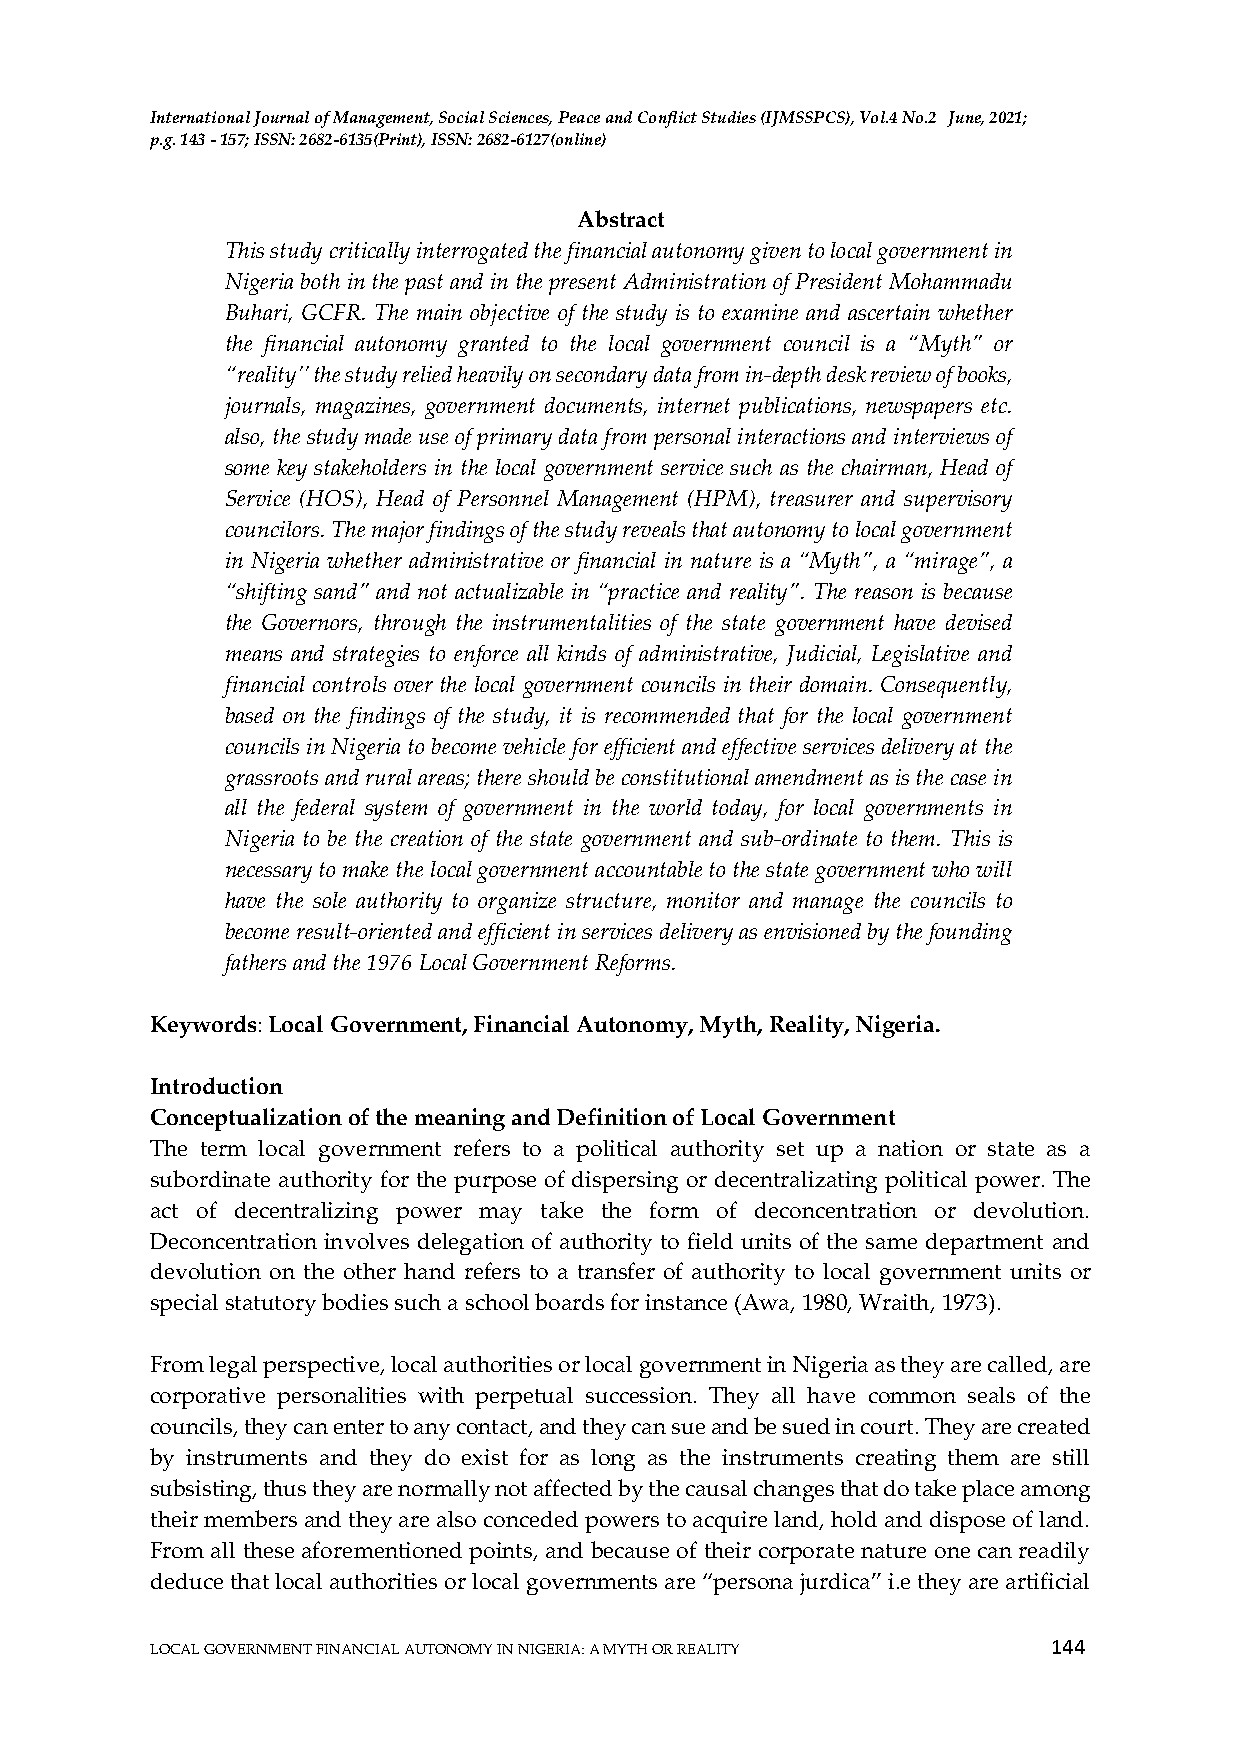
International Journal of Management, Social Sciences, Peace and Conflict Studies (IJMSSPCS), Vol.4 No.2 June, 2021;
 p.g. 143 - 157; ISSN: 2682-6135(Print), ISSN: 2682-6127(online)
 Abstract
 This study critically interrogated the financial autonomy given to local government in
 Nigeria both in the past and in the present Administration of President Mohammadu
 Buhari, GCFR. The main objective of the study is to examine and ascertain whether
 the financial autonomy granted to the local government council is a “Myth” or
 “reality’’ the study relied heavily on secondary data from in-depth desk review of books,
 journals, magazines, government documents, internet publications, newspapers etc.
 also, the study made use of primary data from personal interactions and interviews of
 some key stakeholders in the local government service such as the chairman, Head of
 Service (HOS), Head of Personnel Management (HPM), treasurer and supervisory
 councilors. The major findings of the study reveals that autonomy to local government
 in Nigeria whether administrative or financial in nature is a “Myth”, a “mirage”, a
 “shifting sand” and not actualizable in “practice and reality”. The reason is because
 the Governors, through the instrumentalities of the state government have devised
 means and strategies to enforce all kinds of administrative, Judicial, Legislative and
 financial controls over the local government councils in their domain. Consequently,
 based on the findings of the study, it is recommended that for the local government
 councils in Nigeria to become vehicle for efficient and effective services delivery at the
 grassroots and rural areas; there should be constitutional amendment as is the case in
 all the federal system of government in the world today, for local governments in
 Nigeria to be the creation of the state government and sub-ordinate to them. This is
 necessary to make the local government accountable to the state government who will
 have the sole authority to organize structure, monitor and manage the councils to
 become result-oriented and efficient in services delivery as envisioned by the founding
 fathers and the 1976 Local Government Reforms.
 Keywords: Local Government, Financial Autonomy, Myth, Reality, Nigeria.
 Introduction
 Conceptualization of the meaning and Definition of Local Government
 The term local government refers to a political authority set up a nation or state as a
 subordinate authority for the purpose of dispersing or decentralizating political power. The
 act of decentralizing power may take the form of deconcentration or devolution.
 Deconcentration involves delegation of authority to field units of the same department and
 devolution on the other hand refers to a transfer of authority to local government units or
 special statutory bodies such a school boards for instance (Awa, 1980, Wraith, 1973).
 From legal perspective, local authorities or local government in Nigeria as they are called, are
 corporative personalities with perpetual succession. They all have common seals of the
 councils, they can enter to any contact, and they can sue and be sued in court. They are created
 by instruments and they do exist for as long as the instruments creating them are still
 subsisting, thus they are normally not affected by the causal changes that do take place among
 their members and they are also conceded powers to acquire land, hold and dispose of land.
 From all these aforementioned points, and because of their corporate nature one can readily
 deduce that local authorities or local governments are “persona jurdica” i.e they are artificial
 144
 LOCAL GOVERNMENT FINANCIAL AUTONOMY IN NIGERIA: A MYTH OR REALITY